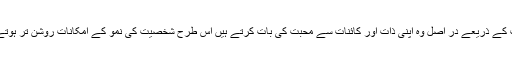
زندگی سے محبت کے ذریعے در اصل وہ اپنی ذات اور کائنات سے محبت کی بات کرتے ہیں اس طرح شخصیت کی نمو کے امکانات روشن تر ہوتے چلے جاتے ہیں۔